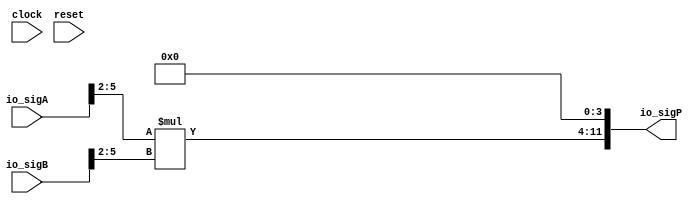
module PositMul8_1_2(
  input         clock,
  input         reset,
  input  [5:0]  io_sigA,
  input  [5:0]  io_sigB,
  output [11:0] io_sigP
);
  wire [3:0] _T; // @[PositMul.scala 34:28]
  wire [3:0] _T_1; // @[PositMul.scala 34:67]
  wire [3:0] _T_2; // @[PositMul.scala 34:83]
  wire [3:0] _T_3; // @[PositMul.scala 34:122]
  wire [7:0] _T_4; // @[PositMul.scala 34:74]
  wire [7:0] _T_5; // @[Cat.scala 29:58]
  assign _T = io_sigA[5:2]; // @[PositMul.scala 34:28]
  assign _T_1 = $signed(_T); // @[PositMul.scala 34:67]
  assign _T_2 = io_sigB[5:2]; // @[PositMul.scala 34:83]
  assign _T_3 = $signed(_T_2); // @[PositMul.scala 34:122]
  assign _T_4 = $signed(_T_1) * $signed(_T_3); // @[PositMul.scala 34:74]
  assign _T_5 = $unsigned(_T_4); // @[Cat.scala 29:58]
  assign io_sigP = {_T_5,4'h0}; // @[PositMul.scala 34:13]
endmodule